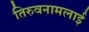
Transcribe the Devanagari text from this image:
तिरुवनामलाई